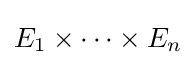
E_{1}\times \cdots \times E_{n}